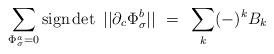
LaTeX: \begin{align*}\sum_{\Phi^a_\sigma =0} {\rm sign}\det \ || \partial_c\Phi^b_\sigma || ~=~ \sum_k (-)^k B_k\end{align*}